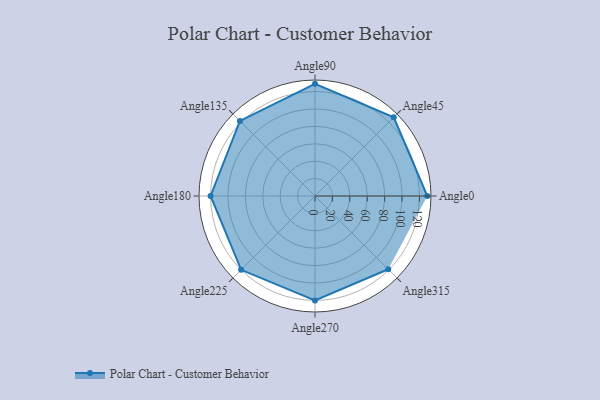
{"axis": {"x": "Angle", "y": "Radius"}, "legend": [""], "data": [{"x": "Angle0", "y": 129.0, "type": ""}, {"x": "Angle45", "y": 128.0, "type": ""}, {"x": "Angle90", "y": 129.0, "type": ""}, {"x": "Angle135", "y": 122.0, "type": ""}, {"x": "Angle180", "y": 120.0, "type": ""}, {"x": "Angle225", "y": 120.0, "type": ""}, {"x": "Angle270", "y": 120.0, "type": ""}, {"x": "Angle315", "y": 119.0, "type": ""}]}